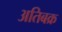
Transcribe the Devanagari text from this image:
अतिबक्र